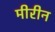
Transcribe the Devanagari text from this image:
मीरीन